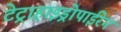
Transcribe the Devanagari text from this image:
टेट्राहाइड्रोपाईरेन